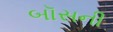
બૉસની